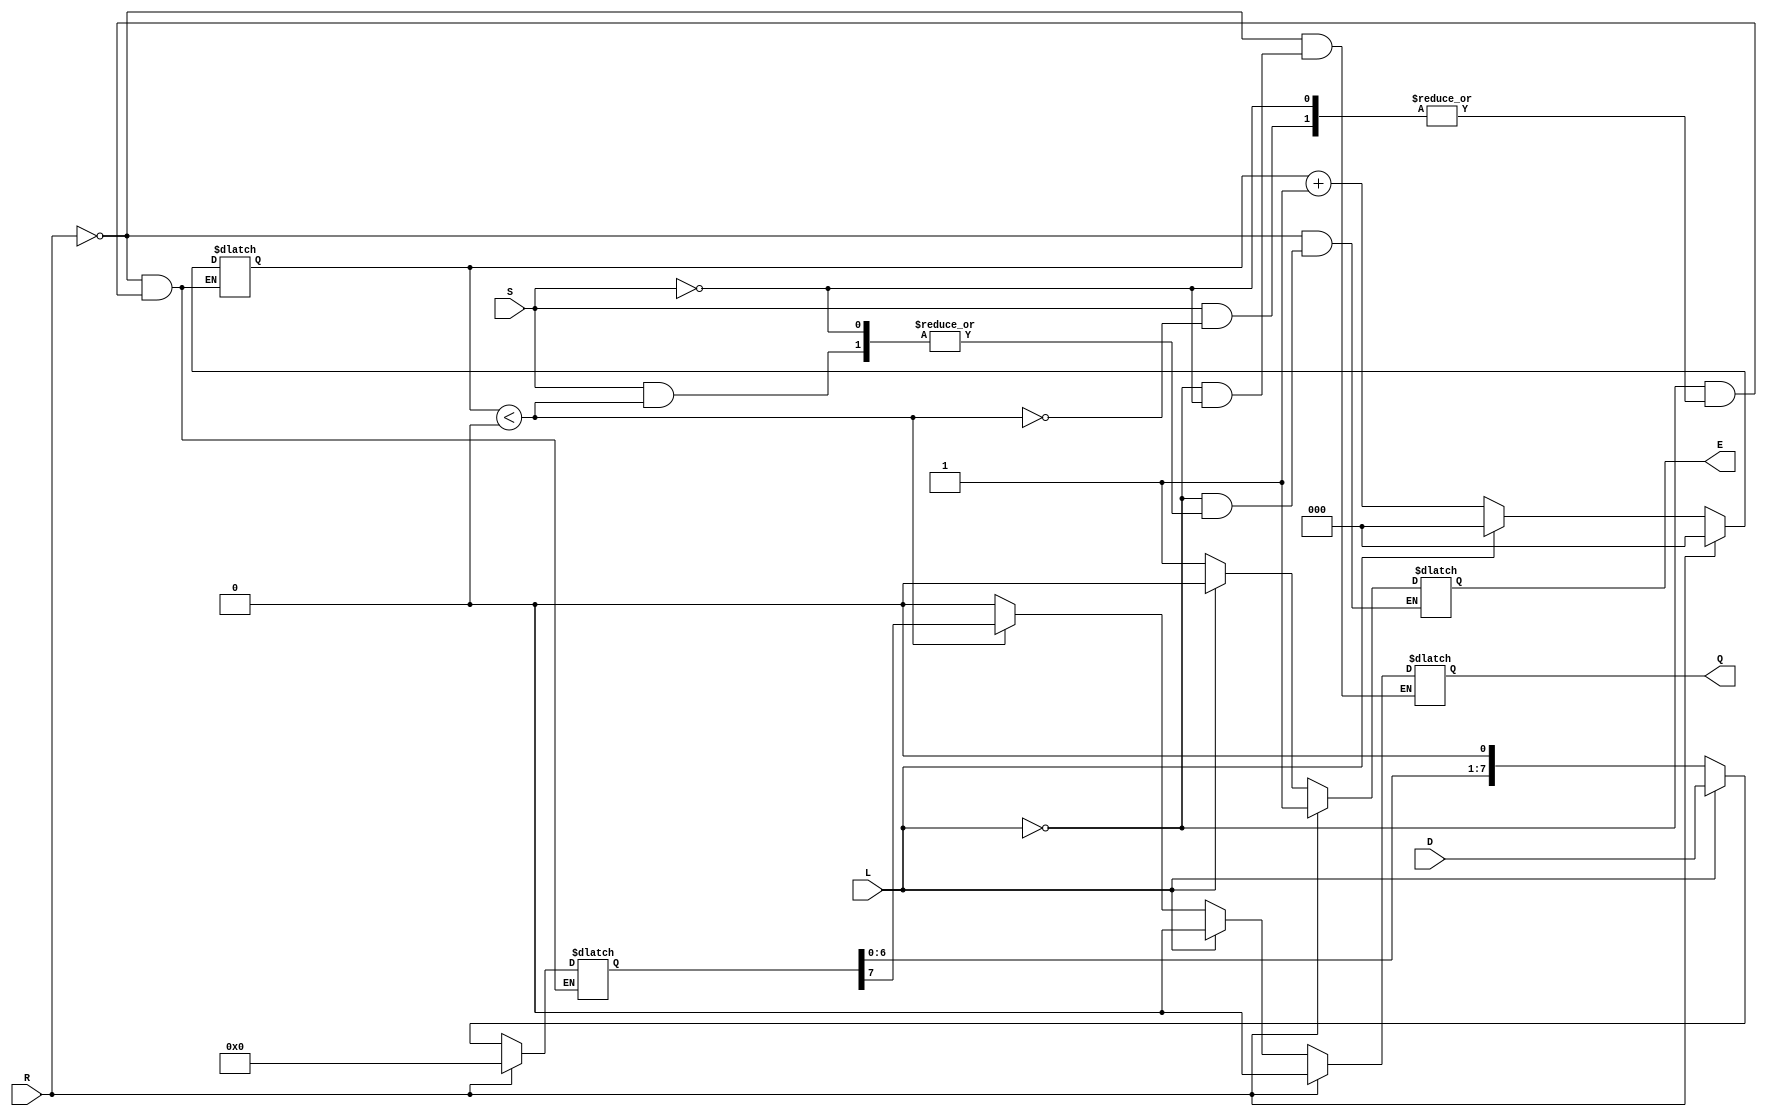
module PISO_Register (
    input wire [7:0] D,      // Parallel Data Input
    input wire L,            // Load Control Signal
    input wire S,            // Shift Control Signal
    input wire R,            // Asynchronous Reset Signal
    output reg Q,            // Serial Output
    output reg E             // Empty Flag
);

    reg [7:0] SR;            // Shift Register
    reg [2:0] CNT;           // Counter for bits shifted out

    // Asynchronous Reset
    always @(*) begin
        if (R) begin
            SR <= 8'b0;      // Clear the shift register
            CNT <= 3'b0;     // Reset the counter
            Q <= 1'b0;       // Clear the serial output
            E <= 1'b1;       // Set Empty flag
        end else begin
            // Load Data
            if (L) begin
                SR <= D;     // Load parallel data into the shift register
                CNT <= 3'b0; // Reset counter
                Q <= 1'b0;   // Clear serial output
                E <= 1'b0;   // Clear Empty flag
            end else begin
                // Shift Data
                if (S) begin
                    if (CNT < 3'd8) begin
                        Q <= SR[7]; // Output the MSB
                        SR <= {SR[6:0], 1'b0}; // Shift right
                        CNT <= CNT + 1; // Increment counter
                    end else begin
                        Q <= 1'b0; // No more data to shift
                        E <= 1'b1; // Set Empty flag
                    end
                end
            end
        end
    end

endmodule